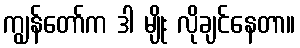
ကျွန်တော်က ဒါ မျိုး လိုချင်နေတာ။